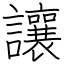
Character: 讓